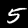
Digit: 5